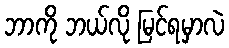
ဘာကို ဘယ်လို မြင်ရမှာလဲ